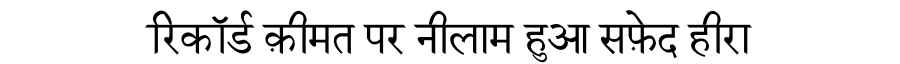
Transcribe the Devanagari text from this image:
रिकॉर्ड क़ीमत पर नीलाम हुआ सफ़ेद हीरा